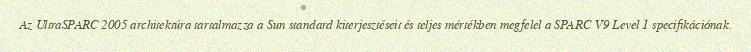
Az UltraSPARC 2005 architektúra tartalmazza a Sun standard kiterjesztéseit és teljes mértékben megfelel a SPARC V9 Level 1 specifikációnak.